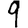
Digit: 9